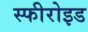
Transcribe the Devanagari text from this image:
स्फीरोइड